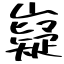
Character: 嶷